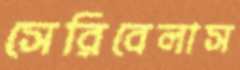
সেরিবেলাস